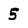
Character: 5